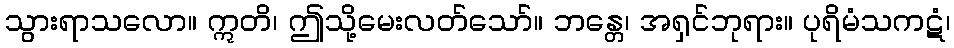
သွားရာသလော။ ဣတိ၊ ဤသို့မေးလတ်သော်။ ဘန္တေ၊ အရှင်ဘုရား။ ပုရိမံသကဋံ၊